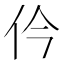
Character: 仱